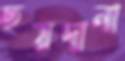
ছয়দানা